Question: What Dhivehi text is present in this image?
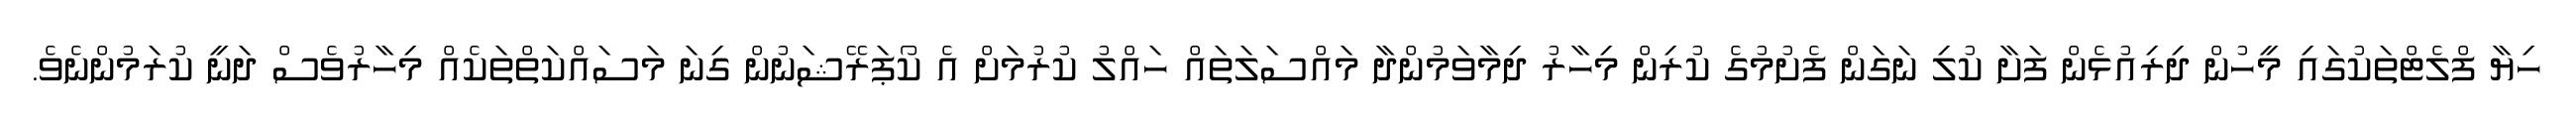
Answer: ހިޔާ ފްލެޓްތަކުގައި މީހުން ދިރިއުޅެން ފަށާ ކުލި ނަގަން ފެށުމުގެ ކުރިން މިހާރު ދިމާވަމުންދާ މައްސަލަތައް ހައްލު ކުރުމަށް އެ ކޯޕަރޭޝަނުން ގިނަ މަސައްކަތްތަކެއް މިހާރުވެސް ދަނީ ކުރަމުންނެވެ.